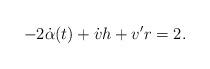
LaTeX: \begin{align*} -2\dot{\alpha }(t)+\dot{v}h+{v}'r=2.\end{align*}